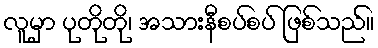
လူမှာ ပုတိုတို၊ အသားနီစပ်စပ် ဖြစ်သည်။